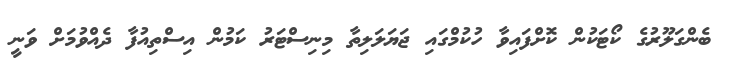
ބެންގަލޫރުގެ ކޯޓަކުން ކޮށްފައިވާ ހުކުމްގައި ޖަޔަލަލިތާ މިނިސްޓަރު ކަމުން އިސްތިއުފާ ދެއްވުމަށް ވަނީ